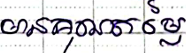
មានគុណតម្លៃ